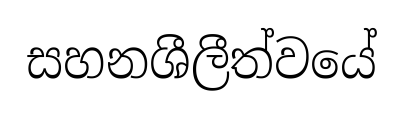
සහනශීලීත්වයේ